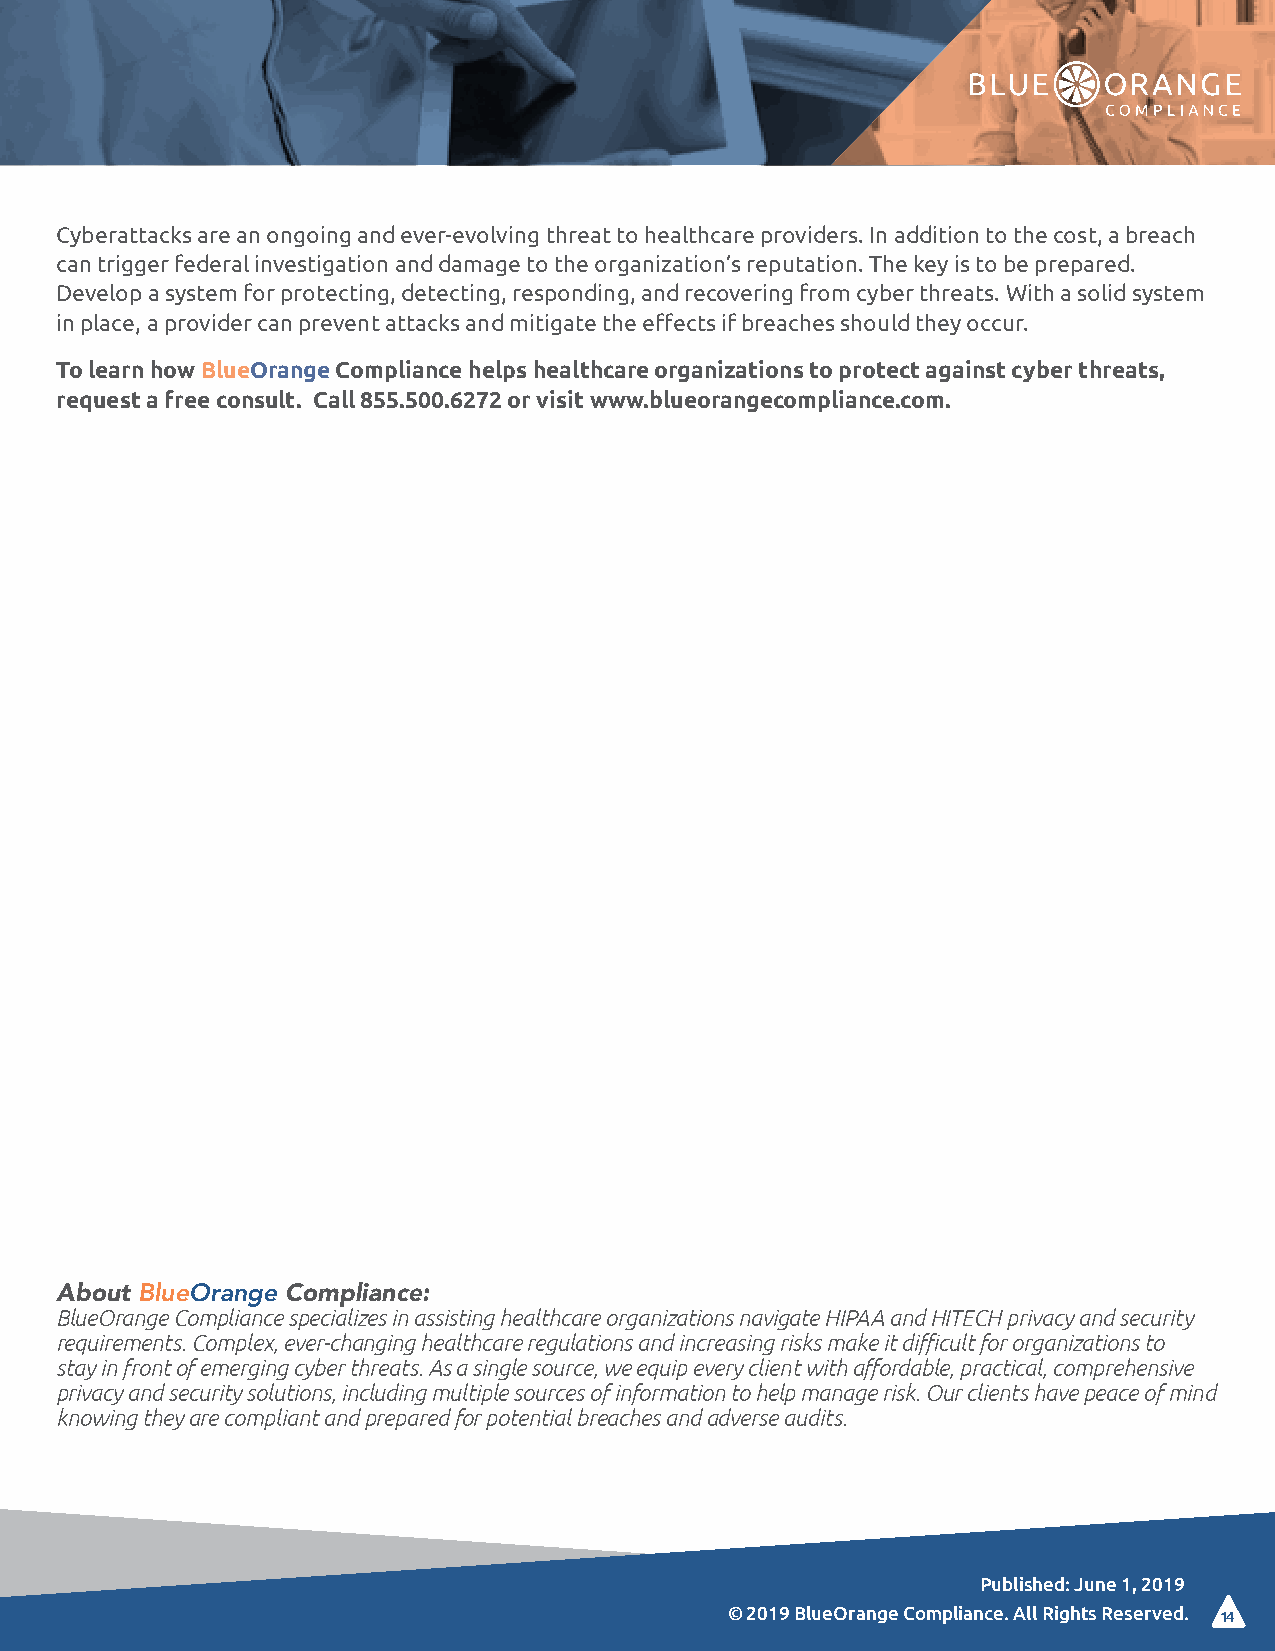
Cyberattacks are an ongoing and ever-evolving threat to healthcare providers. In addition to the cost, a breach
 can trigger federal investigation and damage to the organization’s reputation. The key is to be prepared.
 Develop a system for protecting, detecting, responding, and recovering from cyber threats. With a solid system
 in place, a provider can prevent attacks and mitigate the effects if breaches should they occur.
 To learn how BlueOrange Compliance helps healthcare organizations to protect against cyber threats,
 request a free consult. Call 855.500.6272 or visit www.blueorangecompliance.com.
 About BlueOrange Compliance:
 BlueOrange Compliance specializes in assisting healthcare organizations navigate HIPAA and HITECH privacy and security
 requirements. Complex, ever-changing healthcare regulations and increasing risks make it difficult for organizations to
 stay in front of emerging cyber threats. As a single source, we equip every client with affordable, practical, comprehensive
 privacy and security solutions, including multiple sources of information to help manage risk. Our clients have peace of mind
 knowing they are compliant and prepared for potential breaches and adverse audits.
 Published: June 1, 2019
 © 2019 BlueOrange Compliance. All Rights Reserved. 14